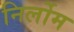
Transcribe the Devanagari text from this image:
निर्लोम